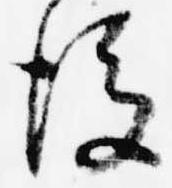
後